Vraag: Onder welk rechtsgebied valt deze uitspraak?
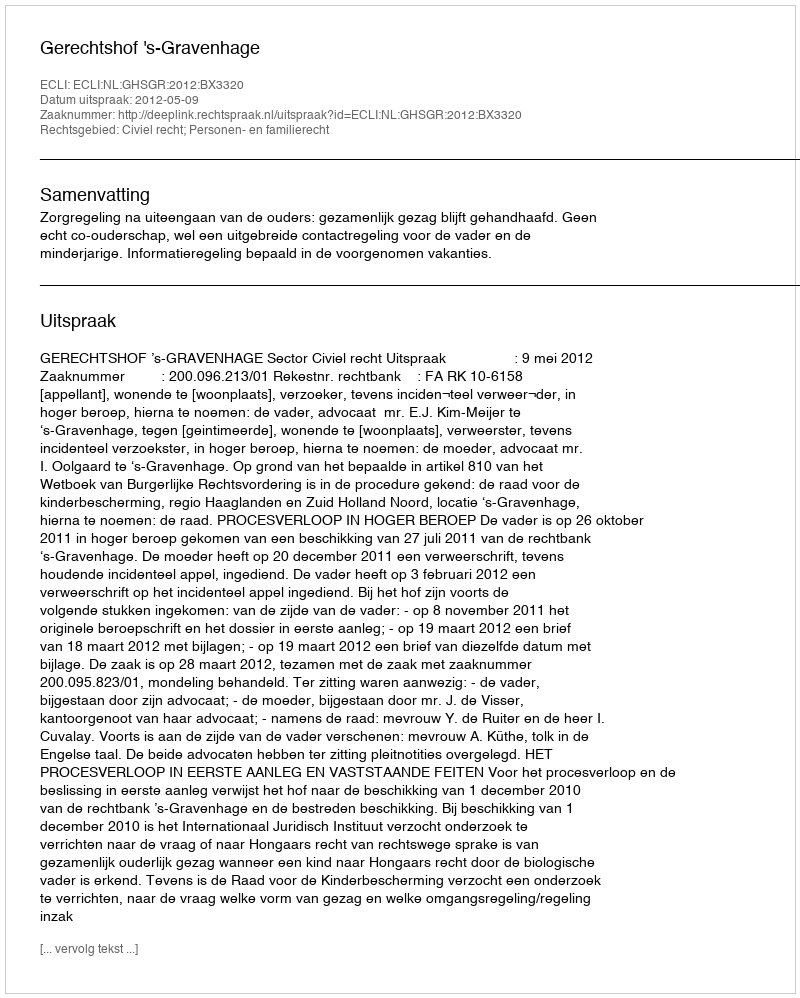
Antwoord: Civiel recht; Personen- en familierecht